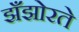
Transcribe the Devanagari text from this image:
झँझोरते